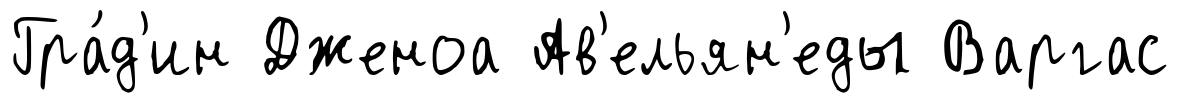
Гра́д'ин Дженоа Ав'ельян'еды Варгас